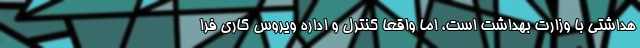
هداشتی با وزارت بهداشت است، اما واقعا کنترل و اداره ویروس کاری فرا